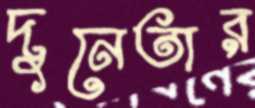
দুনেতার